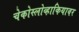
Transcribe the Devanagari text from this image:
चेकोस्लोव्हाकियावर